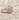
لك